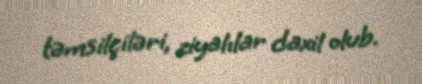
təmsilçiləri, ziyalılar daxil olub.